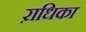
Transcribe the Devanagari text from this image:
ऱाधिका